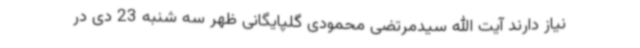
نیاز دارند آیت الله سیدمرتضی محمودی گلپایگانی ظهر سه شنبه 23 دی در